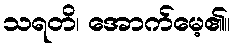
သရတိ၊ အောက်မေ့၏။